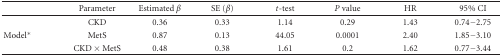
<table><thead><tr><td></td><td><b>Parameter</b></td><td><b>Estimated <i>β</i></b></td><td><b>SE (<i>β</i>)</b></td><td><b><i>t</i>-test</b></td><td><b><i>P</i> value</b></td><td><b>HR</b></td><td><b>95% CI</b></td></tr></thead><tbody><tr><td></td><td>CKD</td><td>0.36</td><td>0.33</td><td>1.14</td><td>0.29</td><td>1.43</td><td>0.74−2.75</td></tr><tr><td>Model*</td><td>MetS</td><td>0.87</td><td>0.13</td><td>44.05</td><td>0.0001</td><td>2.40</td><td>1.85−3.10</td></tr><tr><td></td><td>CKD × MetS</td><td>0.48</td><td>0.38</td><td>1.61</td><td>0.2</td><td>1.62</td><td>0.77−3.44</td></tr></tbody></table>